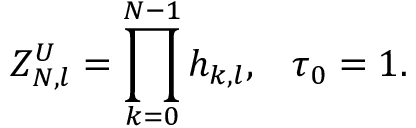
Z _ { N , l } ^ { U } = \prod _ { k = 0 } ^ { N - 1 } h _ { k , l } , \; \; \; \tau _ { 0 } = 1 .